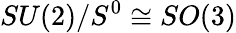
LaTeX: SU(2)/S^{0}\cong SO(3)